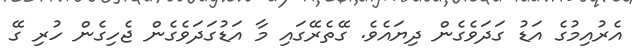
އެރުއިމުގެ އަޑު ގަދަވެގެން ދިޔައެވެ. ގޭތެރޭގައި މާ އަޑުގަދަވެގެން ޖެހިގެން ހުރި ގޭ